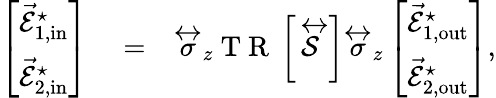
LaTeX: \begin{array}{rlr}{\left[\begin{array}{l}{\vec{\mathcal{E}}_{1,\mathrm{{in}}}^{\star}}\\ {\vec{\mathcal{E}}_{2,\mathrm{{in}}}^{\star}}\end{array}\right]}&{{}=}&{\stackrel{\leftrightarrow}{\sigma}_{z}\mathrm{~T~R~}\left\lbrack\stackrel{\leftrightarrow}{\mathcal{S}}\right\rbrack\stackrel{\leftrightarrow}{\sigma}_{z}\left[\begin{array}{l}{\vec{\mathcal{E}}_{1,\mathrm{{out}}}^{\star}}\\ {\vec{\mathcal{E}}_{2,\mathrm{{out}}}^{\star}}\end{array}\right],}\end{array}